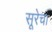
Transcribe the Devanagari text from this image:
सूरेचा